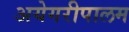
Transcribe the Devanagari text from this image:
अयेगरीपालम